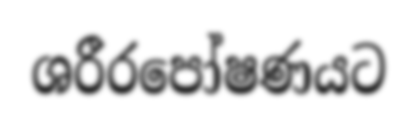
ශරීරපෝෂණයට